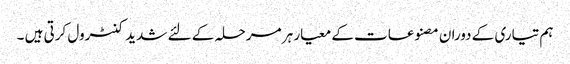
ہم تیاری کے دوران مصنوعات کے معیار ہر مرحلہ کے لئے شدید کنٹرول کرتی ہیں ۔